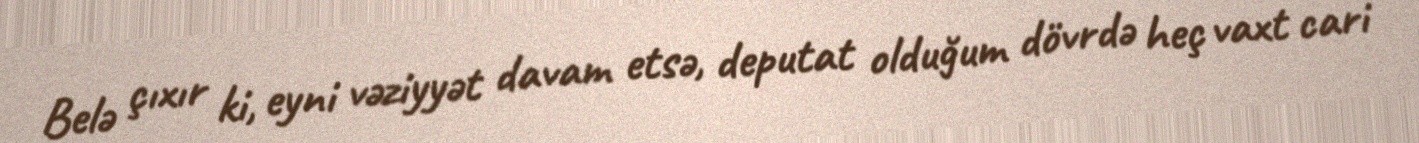
Belə çıxır ki, eyni vəziyyət davam etsə, deputat olduğum dövrdə heç vaxt cari